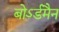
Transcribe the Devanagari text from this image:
बोऽर्डमैन